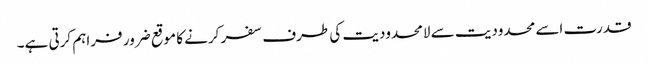
قدرت اسے محدودیت سے لامحدودیت کی طرف سفر کرنے کا موقع ضرور فراہم کرتی ہے۔